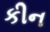
કીન